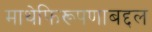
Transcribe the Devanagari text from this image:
माथेफिरूपणाबद्दल